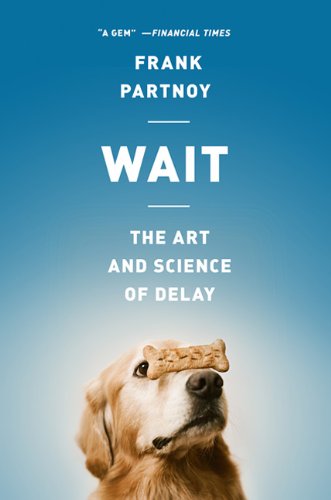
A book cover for Wait: The Art and Science of Delay; Frank Partnoy; Medical Books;